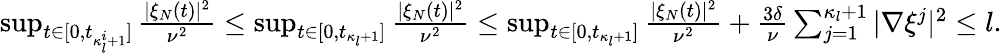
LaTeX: \begin{array}{r}{\operatorname*{sup}_{t\in[0,t_{\kappa_{l}^{i}+1}]}\frac{|\xi_{N}(t)|^{2}}{\nu^{2}}\leq\operatorname*{sup}_{t\in[0,t_{\kappa_{l}+1}]}\frac{|\xi_{N}(t)|^{2}}{\nu^{2}}\leq\operatorname*{sup}_{t\in[0,t_{\kappa_{l}+1}]}\frac{|\xi_{N}(t)|^{2}}{\nu^{2}}+\frac{3\delta}{\nu}\sum_{j=1}^{\kappa_{l}+1}|\nabla\xi^{j}|^{2}\leq l.}\end{array}